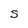
Character: S